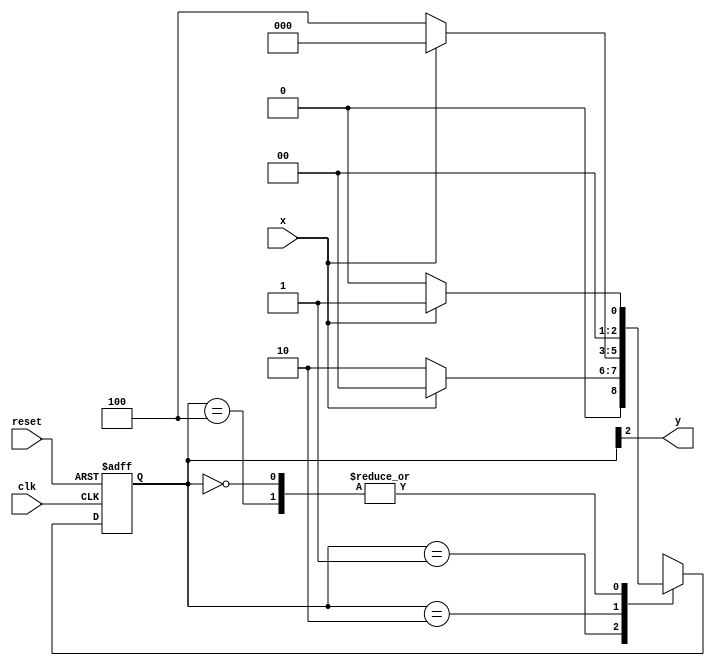
// --------------
// --- Moore FSM
// --------------
/*
Moore FSM Diagram
____________________
/ \
1 1 v 0 1 1 | // found
[start] ---> [id1] ---> [id11] ---> [id110] ---> [id1101]
^ \0 0 | 1/ ^ 0 | 0 |
\_/ / \__/ | |
\_______/ / |
\ / /
\______________________/ /
\ /
\__________________________/
*/
// constant definition
`define found 1
`define notfound 0
// FSM by Moore
module moore1101 ( y, x, clk, reset );
output y;
input x;
input clk;
input reset;
reg y;
parameter // state identifiers
start = 3'b000,
id1 = 3'b001,
id10 = 3'b010,
id100 = 3'b100,
id1001 = 3'b001; // signal found
reg [2:0] E1; // current state variables
reg [2:0] E2; // next state logic output
// next state logic
always @( x or E1 )
begin
case( E1 )
start:
if ( x )
E2 = id1;
else
E2 = start;

id1:
if ( x )
E2 = start;
else
E2 = id10;

id10:
if ( x )
E2 = start;
else
E2 = id100;

id100:
if ( x )
E2 = id1001;
else
E2 = start;

id1001:
if ( x )
E2 = id10;
else
E2 = start;

default: // undefined statee
E2 = 3'bxxx;
endcase
end // always at signal or state changing
// state variables
always @( posedge clk or negedge reset )
begin
if ( reset )
E1 = E2; // updates current state
else
E1 = 0; // reset
end // always at signal changing
// output logic
always @( E1 )
begin
y = E1[2]; // first bit of state value
end // always at state changing
endmodule // moore1101

module Exemplo0051;
reg clk, reset, x;
wire m1;
moore1101 moore1 ( m1, x, clk, reset );
initial
begin
$display ( "Time X Moore" );
// initial values
clk = 1;
reset = 0;
x = 0;


// input signal changing
#5 reset = 1;
if( m1 )
reset = 1;
#10 x = 1;
if( m1 )
reset = 1;
#10 x = 0;
if( m1 )
reset = 1;
#20 x = 1;
if( m1 )
reset = 1;
#10 x = 1;
if( m1 )
reset = 1;
#10 x = 0;
if( m1 )
reset = 1;
#10 x = 0;
if( m1 )
reset = 1;
#10 x = 1;
if( m1 )
reset = 1;
#10 x = 0;
if( m1 )
reset = 1;
#30 $finish;
if( m1 )
reset = 1;
end // initial
always
#5 clk = ~clk;
always @( posedge clk )
begin
$display ( "%4d %4b %5b", $time, x, m1);
end // always at positive edge clocking changing
endmodule // Exemplo0051